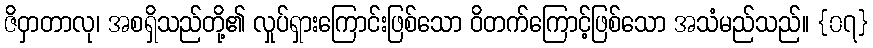
ဇိဝှာတာလု၊ အစရှိသည်တို့၏ လှုပ်ရှားကြောင်းဖြစ်သော ဝိတက်ကြောင့်ဖြစ်သော အသံမည်သည်။ {၀၇}